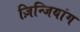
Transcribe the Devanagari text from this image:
ज़िन्जियांग